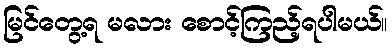
မြင်တွေ့ရ မလား စောင့်ကြည့်ရပါမယ်။